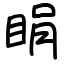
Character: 睊